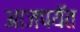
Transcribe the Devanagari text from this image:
आजपयॅत